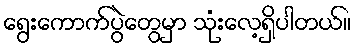
ရွေးကောက်ပွဲတွေမှာ သုံးလေ့ရှိပါတယ်။